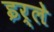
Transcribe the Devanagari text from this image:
इर्ले